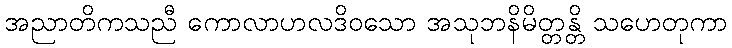
အညာတိကသညီ ကောလာဟလဒိဝသော အသုဘနိမိတ္တန္တိ သဟေတုကာ